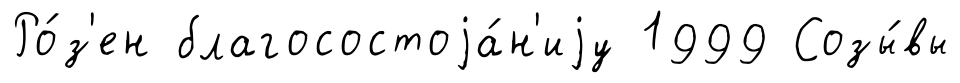
Ро́з'ен благосостоjа́н'иjу 1999 Созы́вы